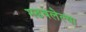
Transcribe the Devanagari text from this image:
मढवलेल्या